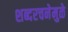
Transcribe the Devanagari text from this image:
शब्दरचनेमुळे